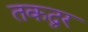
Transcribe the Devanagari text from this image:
तकद्वर